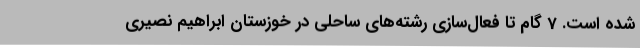
شده است. 7 گام تا فعال‌سازی رشته‌های ساحلی در خوزستان ابراهیم نصیری